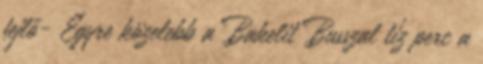
fejlő- Egyre közelebb a Bakelit Busszal tíz perc a